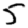
Digit: 5